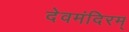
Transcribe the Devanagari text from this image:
देवमंदिरम्